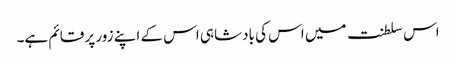
اس سلطنت میں اس کی بادشاہی اس کے اپنے زور پر قائم ہے۔